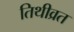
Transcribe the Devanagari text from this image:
तिथीव्रत